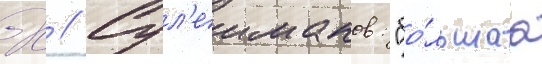
Х // Сул'еиманов: "бо́льшаа